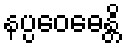
နပ္ပဝေဓေန္တိ